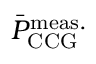
\bar { P } _ { \mathrm { C C G } } ^ { \mathrm { m e a s . } }